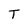
Character: T